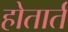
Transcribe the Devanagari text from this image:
होतार्त